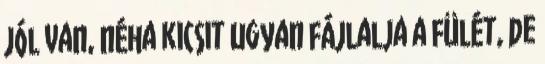
jól van, néha kicsit ugyan fájlalja a fülét, de